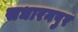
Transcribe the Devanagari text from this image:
सधारनपुर